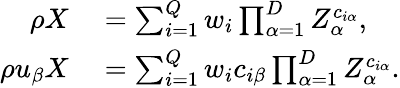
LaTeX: \begin{array}{rl}{\rho X}&{{}=\sum_{i=1}^{Q}w_{i}\prod_{\alpha=1}^{D}Z_{\alpha}^{c_{i\alpha}},}\\ {\rho u_{\beta}X}&{{}=\sum_{i=1}^{Q}w_{i}c_{i\beta}\prod_{\alpha=1}^{D}Z_{\alpha}^{c_{i\alpha}}.}\end{array}